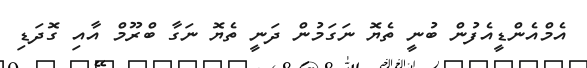
އެމްއެންޑީއެފުން ބުނީ ތެޔޮ ނަގަމުން ދަނީ ތެޔޮ ނަގާ ބްރޫމް އާއި ގޮދަޑި